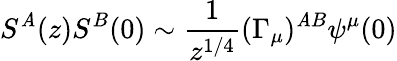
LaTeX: S^{\mathit{A}}(z)S^{B}(0)\sim\frac{{1}}{{z^{1/4}}}(\Gamma_{\mu})^{\mathit{A}B}\psi^{\mu}(0)